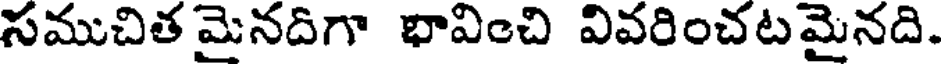
సముచిత మైనదిగా భావించి వివరించటమైనది.